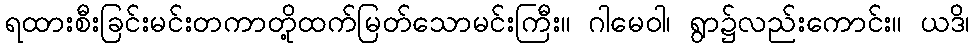
ရထားစီးခြင်းမင်းတကာတို့ထက်မြတ်သောမင်းကြီး။ ဂါမေဝါ၊ ရွာ၌လည်းကောင်း။ ယဒိ၊